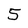
Character: 5